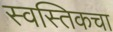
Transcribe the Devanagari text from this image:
स्वस्तिकचा